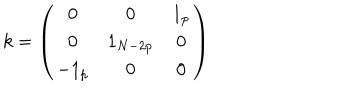
LaTeX: k = \left( \begin{array} { c c c } { { 0 } } & { { 0 } } & { { 1 _ { p } } } \\ { { 0 } } & { { 1 _ { N - 2 p } } } & { { 0 } } \\ { { - 1 _ { p } } } & { { 0 } } & { { 0 } } \\ \end{array} \right)